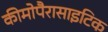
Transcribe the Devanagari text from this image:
कीमोपैरासाइटिक